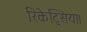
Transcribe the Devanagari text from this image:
रिकेट्सिया।